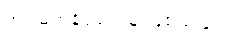
အင်မတန်ရဲရင့်သူ ဖြစ်သည်။